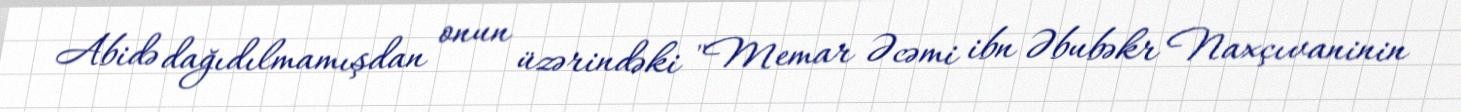
Abidə dağıdılmamışdan onun üzərindəki "Memar Əcəmi ibn Əbubəkr Naxçıvaninin